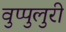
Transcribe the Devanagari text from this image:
वुप्पुलुरी